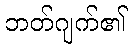
ဘတ်ဂျက်၏